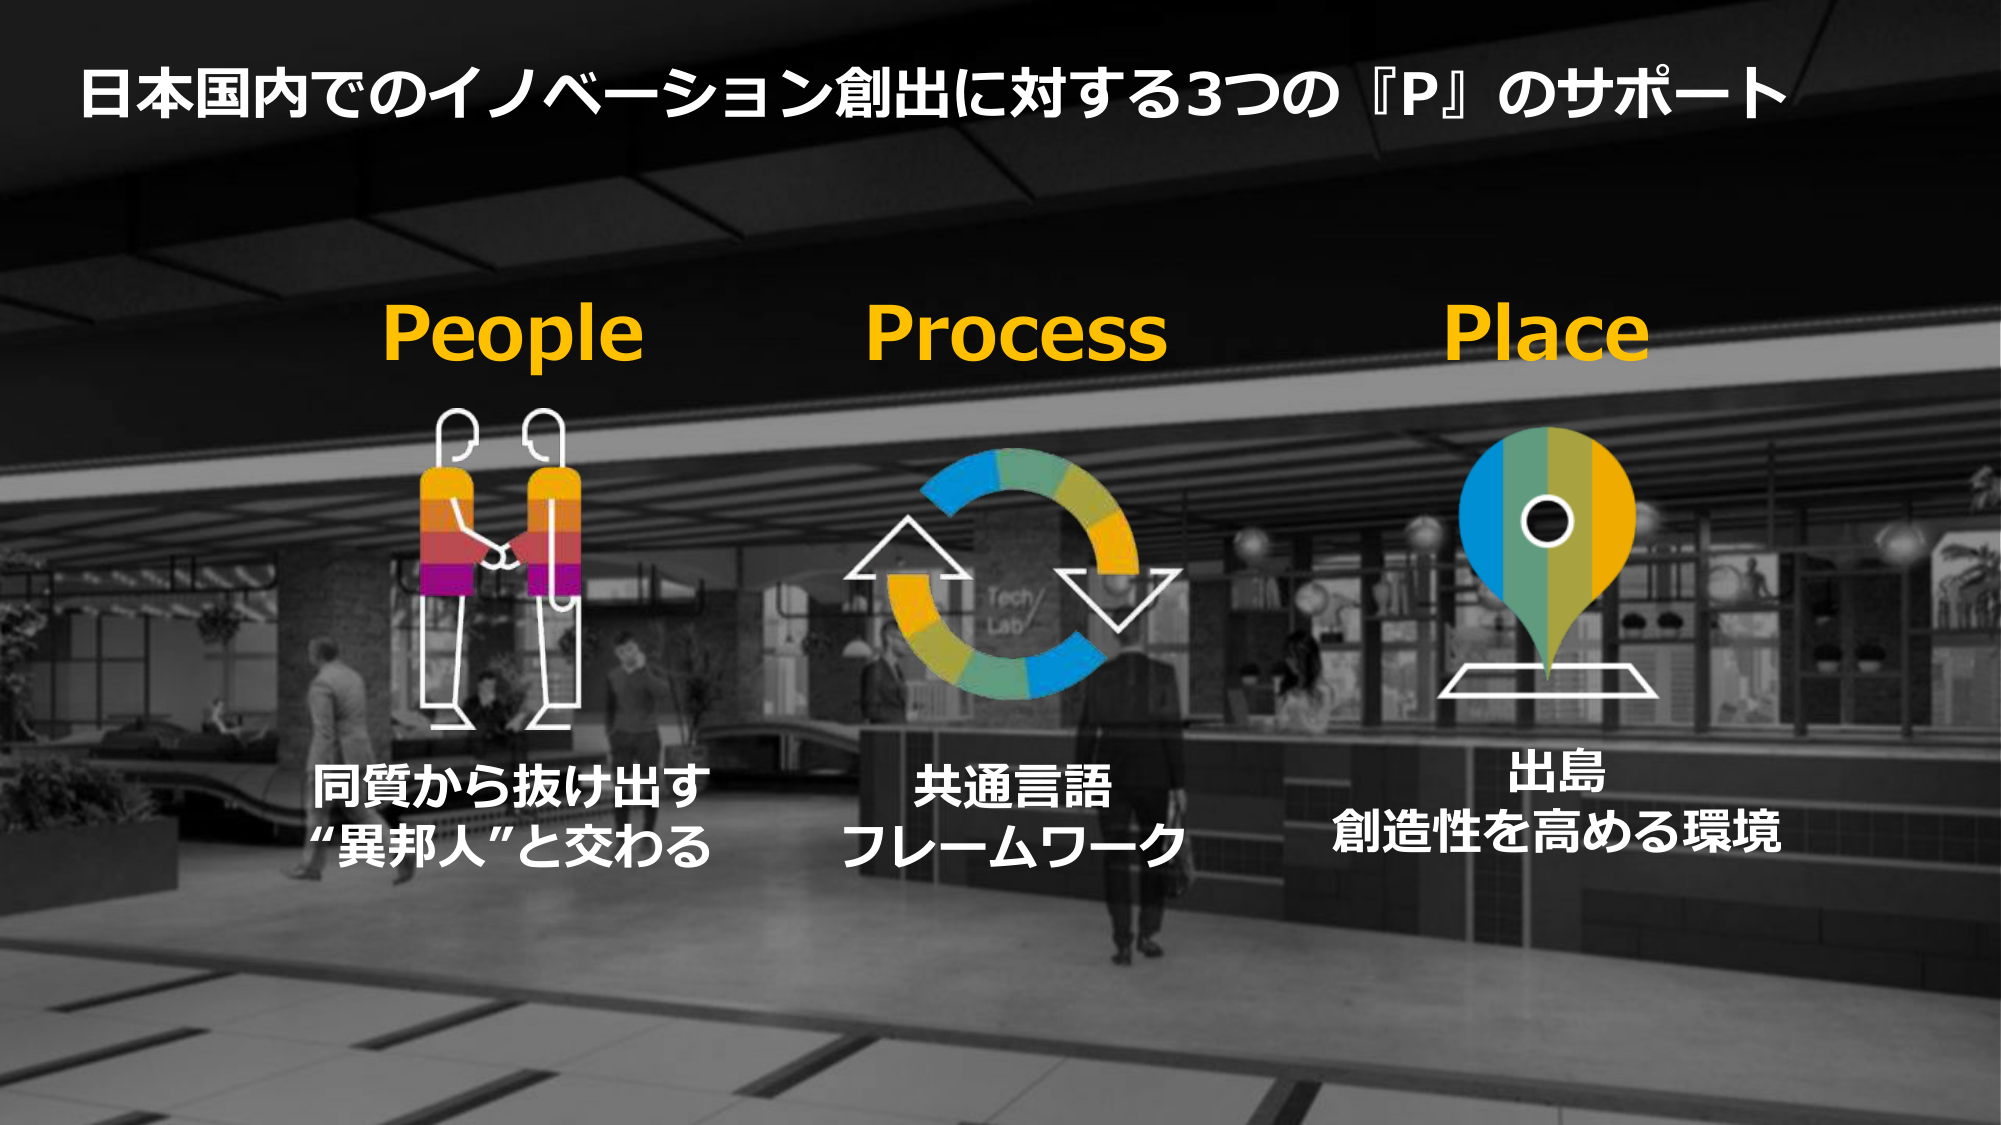
日本国内でのイノベーション創出に対する3つの『P』のサポート

People
同質から抜け出す
“異邦人”と交わる

Process
共通言語
フレームワーク

Place
出島
創造性を高める環境

Tech Lab